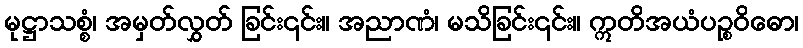
မုဋ္ဌာသစ္စံ၊ အမှတ်လွှတ် ခြင်း၎င်း။ အညာဏံ၊ မသိခြင်း၎င်း။ ဣတိအယံပဉ္စဝိဓော၊